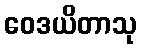
ဝေဒယိတာသု